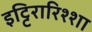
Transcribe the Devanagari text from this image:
इट्टिरारिश्शा